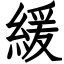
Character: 緩